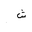
Letter: _shin